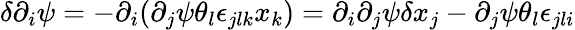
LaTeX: \delta\partial_{i}\psi=-\partial_{i}(\partial_{j}\psi\theta_{l}\epsilon_{jlk}x_{k})=\partial_{i}\partial_{j}\psi\delta x_{j}-\partial_{j}\psi\theta_{l}\epsilon_{jli}